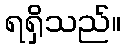
ရရှိသည်။